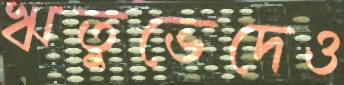
ঋতুভেদেও